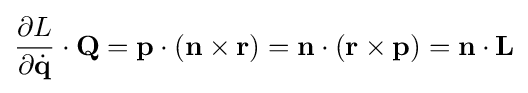
{\frac {\partial L}{\partial {\dot {\mathbf {q} }}}}\cdot \mathbf {Q} =\mathbf {p} \cdot \left(\mathbf {n} \times \mathbf {r} \right)=\mathbf {n} \cdot \left(\mathbf {r} \times \mathbf {p} \right)=\mathbf {n} \cdot \mathbf {L}